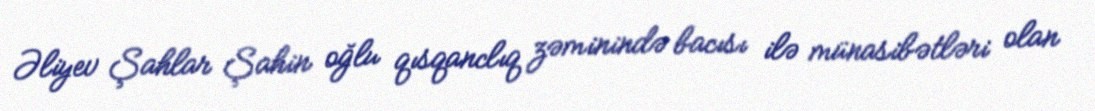
Əliyev Şahlar Şahin oğlu qısqanclıq zəminində bacısı ilə münasibətləri olan